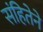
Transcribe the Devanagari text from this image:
संहितेने